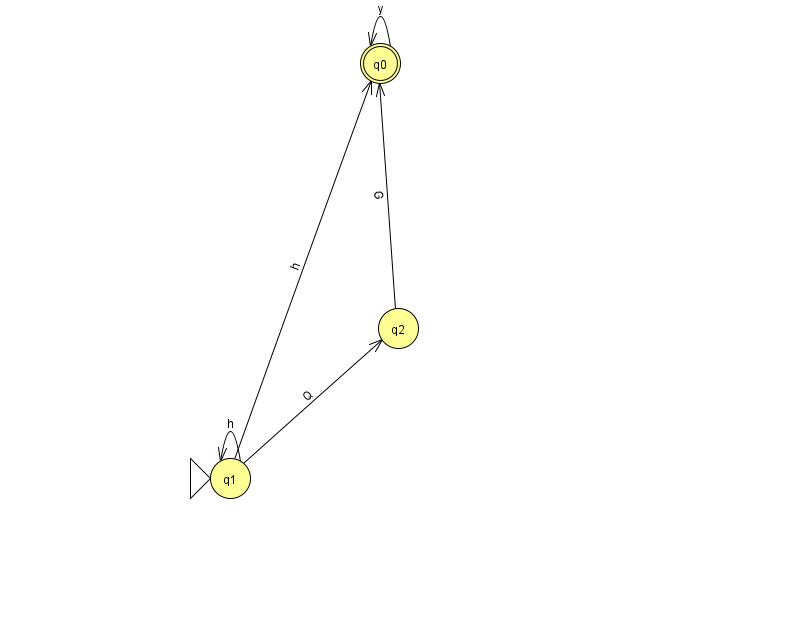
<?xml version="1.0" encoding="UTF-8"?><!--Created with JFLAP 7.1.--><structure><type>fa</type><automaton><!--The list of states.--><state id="0" name="q0"><x>380.0</x><y>50.0</y><final/></state><state id="1" name="q1"><x>230.0</x><y>465.0</y><initial/></state><state id="2" name="q2"><x>398.0</x><y>315.0</y></state><!--The list of transitions.--><transition><from>1</from><to>1</to><read>h</read></transition><transition><from>0</from><to>0</to><read>y</read></transition><transition><from>1</from><to>0</to><read>h</read></transition><transition><from>2</from><to>0</to><read>G</read></transition><transition><from>1</from><to>2</to><read>Q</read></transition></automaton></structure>